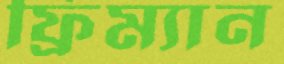
ফ্রিম্যান